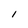
Character: 1